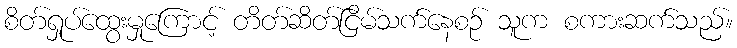
စိတ်ရှုပ်ထွေးမှုကြောင့် တိတ်ဆိတ်ငြိမ်သက်နေစဉ် သူက စကားဆက်သည်။